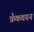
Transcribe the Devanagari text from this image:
फ्रँकवरून